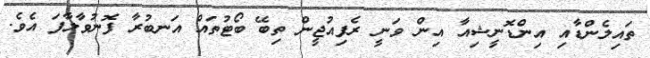
ތައިލެންޑާއި އިންޑޮނީޝިއާ އިން ވަނީ ރެފިއުޖީން ތިބޭ ބޯޓުތައް އަނބުރާ ފޮނުވާލާފަ އެވެ.